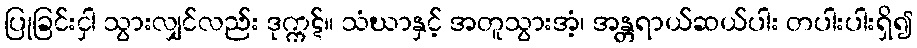
ပြုခြင်းငှါ သွားလျှင်လည်း ဒုက္ကဋ်။ သံဃာနှင့် အတူသွားအံ့၊ အန္တရာယ်ဆယ်ပါး တပါးပါးရှိ၍